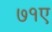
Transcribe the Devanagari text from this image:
७१ए